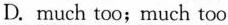
D.much too;much too